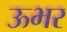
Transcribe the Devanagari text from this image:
ऊभर